Report on vaccination in the Province of Bengal - 1874-1889
Year: 1874
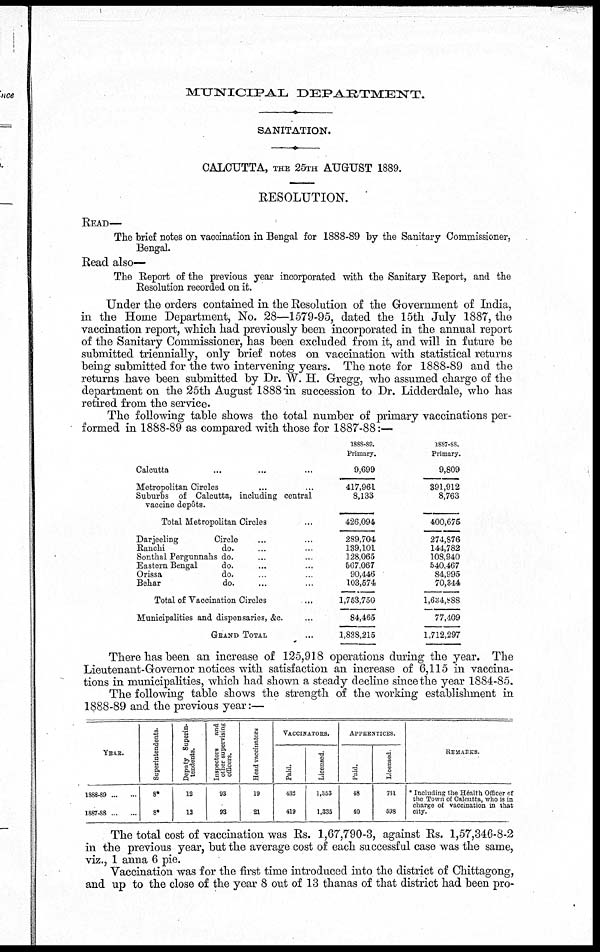
MUNICIPAL DEPARTMENT.
SANITATION.
CALCUTTA, THE 25TH AUGUST 1889.
RESOLUTION.
READ—
The brief notes on vaccination in Bengal for 1888-89 by the Sanitary Commissioner,
Bengal.
Read also—
The Report of the previous year incorporated with the Sanitary Report, and the
Resolution recorded on it.
Under the orders contained in the Resolution of the Government of India,
in the Home Department, No. 28—1579-95, dated the 15th July 1887, the
vaccination report, which had previously been incorporated in the annual report
of the Sanitary Commissioner, has been excluded from it, and will in future be
submitted triennially, only brief notes on vaccination with statistical returns
being submitted for the two intervening years. The note for 1888-89 and the
returns have been submitted by Dr. W. H. Gregg, who assumed charge of the
department on the 25th August 1888 in succession to Dr. Lidderdale, who has
retired from the service.
The following table shows the total number of primary vaccinations per-
formed in 1888-89 as compared with those for 1887-88:—
Calcutta ... ... ...
Metropolitan Circles ... ...
Suburbs of Calcutta, including central
vaccine depôts.
Total Metropolitan Circles ...
Darjeeling
Circle ... ...
Ranchi
do. ... ...
Sonthal Pergunnahs do. ... ...
Eastern Bengal
do. ... ...
Orissa
do. ... ...
Behar
do. ... ...
Total of Vaccination Circles ...
Municipalities and dispensaries, &c. ...
GRAND TOTAL ...
1888-89.
Primary.
9,699
417,961
8,133
426,094
289,704
139,101
128,065
567,067
90,446
103,574
1,753,750
84,465
1,838,215
1887-88.
Primary.
9,809
391,912
8,763
400,675
274,876
144,782
108,940
540,467
84,995
70,344
1,634,888
77,409
1,712,297
There has been an increase of 125,918 operations during the year. The
Lieutenant-Governor notices with satisfaction an increase of 6,115 in vaccina-
tions in municipalities, which had shown a steady decline since the year 1884-85.
The following table shows the strength of the working establishment in
1888-89 and the previous year:—
YEAR.
1888-89
...
...
1887-88
...
...
Superintendents.
8*
8*
Deputy Superin¬
tendents.
12
13
Inspectors
and
other supervising
officers.
93
93
Head vaccinator
19
21
VACCINATORS.
Paid.
432
419
Licensed.
1,353
1,335
APPRENTICES.
Paid.
48
40
Licensed.
731
598
REMARKS.
* Including the Health Officer of
the Town of Calcutta, who is in
charge of vaccination in that
city.
The total cost of vaccination was Rs. 1,67,790-3, against Rs. 1,57,346-8-2
in the previous year, but the average cost of each successful case was the same,
viz., 1 anna 6 pie.
Vaccination was for the first time introduced into the district of Chittagong,
and up to the close of the year 8 out of 13 thanas of that district had been pro¬